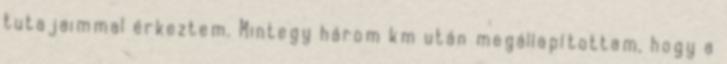
tutajaimmal érkeztem. Mintegy három km után megállapítottam, hogy a